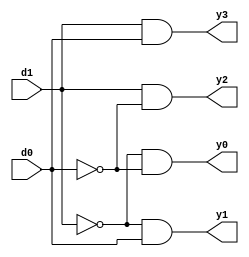
`timescale 1ns / 1ps
//////////////////////////////////////////////////////////////////////////////////
// Company: 
// Engineer: 
// 
// Design Name: 
// Module Name: decoder_2_to_4
// Project Name: 
// Target Devices: 
// Tool Versions: 
// Description: 
// 
// Dependencies: 
// 
// Revision:
// Revision 0.01 - File Created
// Additional Comments:
// 
//////////////////////////////////////////////////////////////////////////////////


module decoder_2_to_4(d0,d1,y0,y1,y2,y3);
    input d0,d1;
    output y0,y1,y2,y3;
    
    assign y0=(~d1)&(~d0);
    assign y1=(~d1)&(d0);
    assign y2=(d1)&(~d0);
    assign y3=(d1)&(d0);
    
endmodule